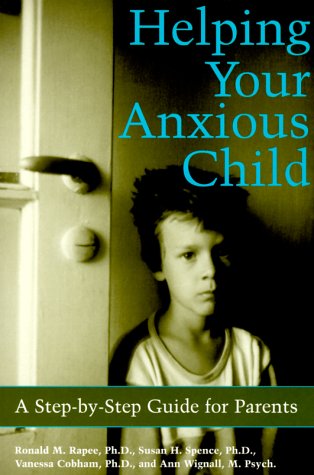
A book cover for Helping Your Anxious Child: A Step-By-Step Guide for Parents; Sue Spence; Parenting & Relationships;